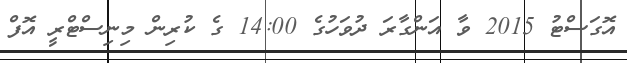
އޮގަސްޓު 2015 ވާ އަންގާރަ ދުވަހުގެ 14:00 ގެ ކުރިން މިނިސްޓްރީ އޮފް